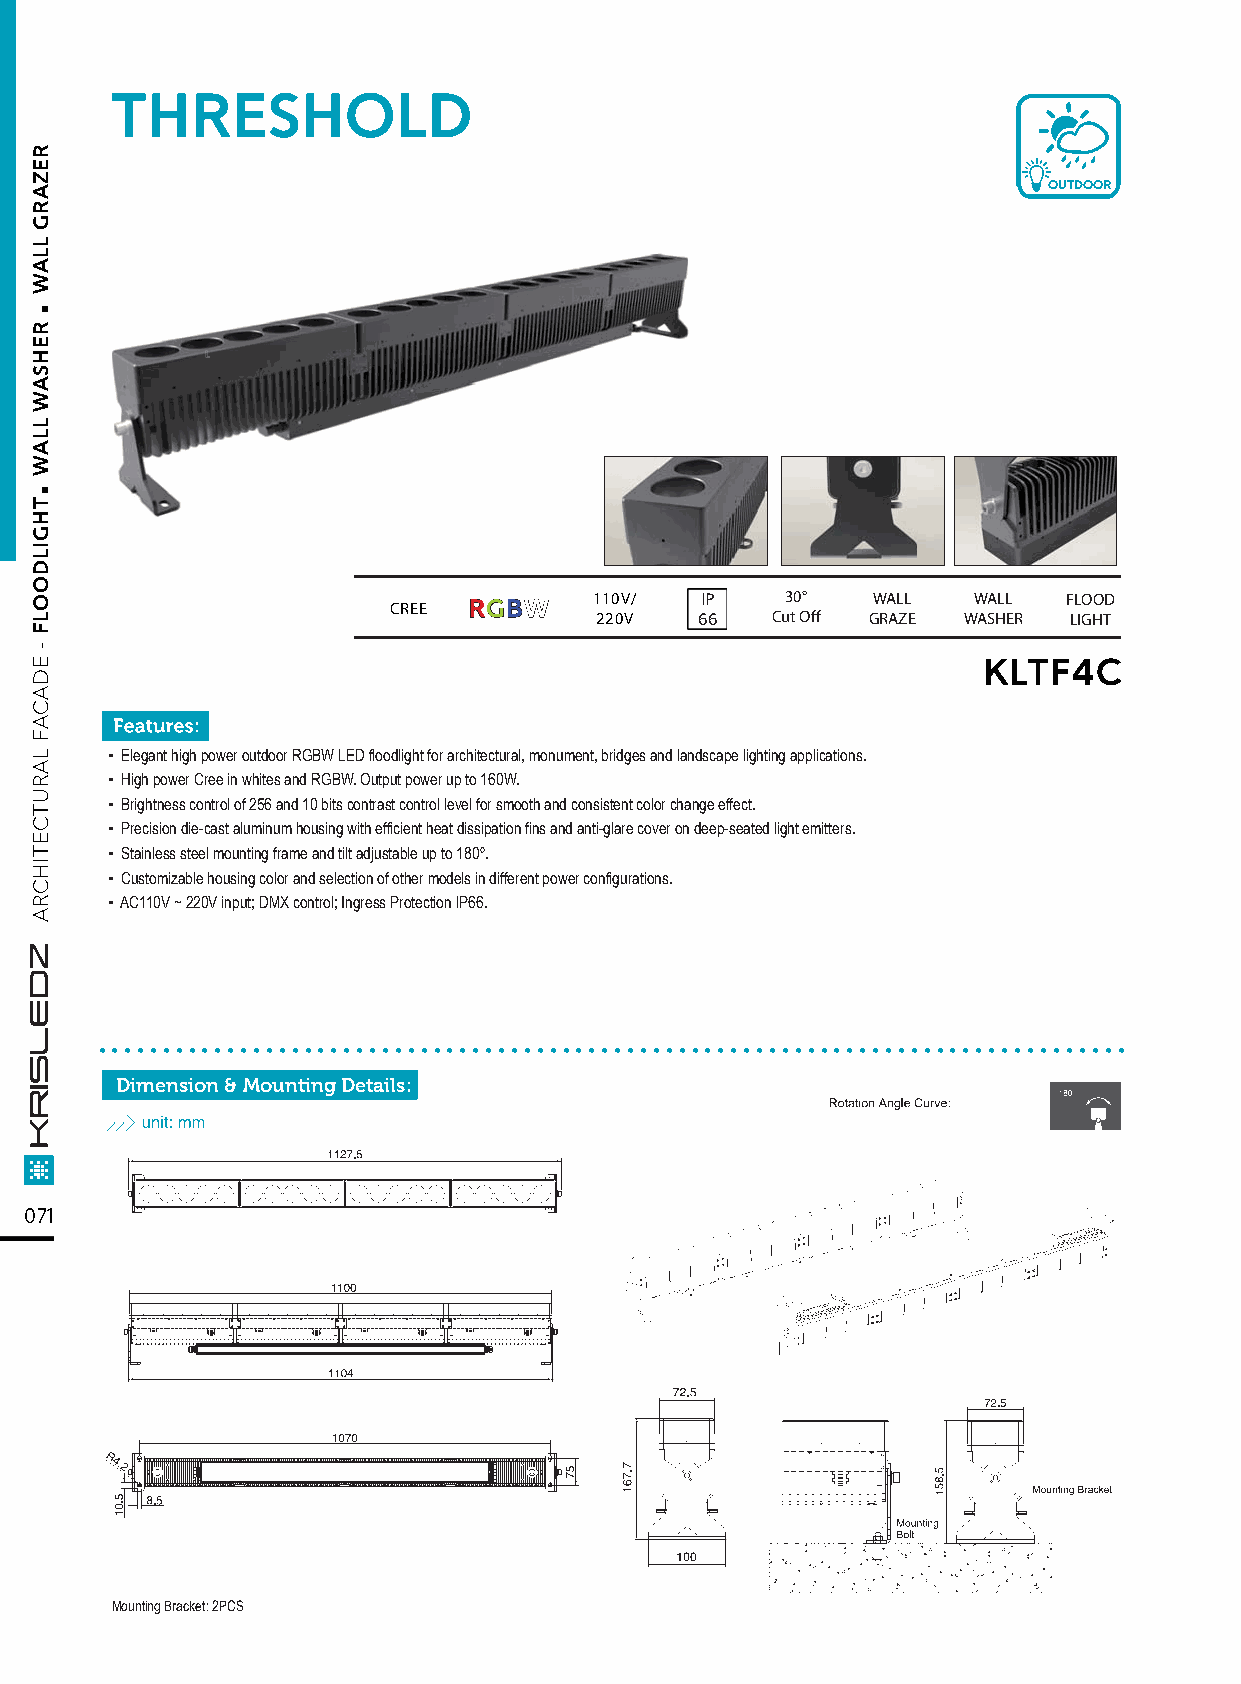
THRESHOLD
 OUTDOOR
 RRGGBBWW 110V/ IP    30°   WALL  WALL   FLOOD
 CREE
 220V   66   Cut Off GRAZE WASHER LIGHT
 KLTF4C
 ▪ Elegant high power outdoor RGBW LED floodlight for architectural, monument, bridges and landscape lighting applications.
 ▪ High power Cree in whites and RGBW. Output power up to 160W.
 ▪ Brightness control of 256 and 10 bits contrast control level for smooth and consistent color change effect.
 ▪ Precision die-cast aluminum housing with efficient heat dissipation fins and anti-glare cover on deep-seated light emitters.
 ▪ Stainless steel mounting frame and tilt adjustable up to 180º.
 ▪ Customizable housing color and selection of other models in different power configurations.
 ▪ AC110V ~ 220V input; DMX control; Ingress Protection lP66.
 ................................................................................
 Dimension & Mounting Details:
 071
 Mounting Bracket: 2PCS
 .
 .
 REZARG
 LLAW
 REHSAW
 LLAW
 THGILDOOLF
 -
 EDACAF
 LARUTCETIHCRA